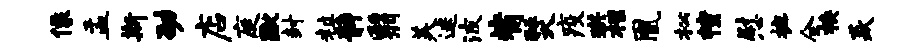
像盂斯劭店庭蹴封粒静翳美迷波觜燹疫珙柩凰松幢慰摭全换焱